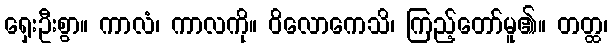
ရှေးဦးစွာ။ ကာလံ၊ ကာလကို။ ဝိလောကေသိ၊ ကြည့်တော်မူ၏။ တတ္ထ၊